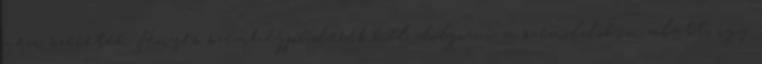
nem szeretek fényes szemhéjpúderekkel dolgozni a szemöldököm alatt, így